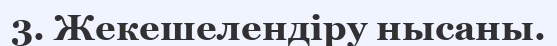
3. Жекешелендіру нысаны.